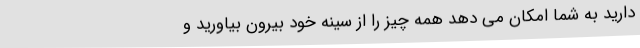
دارید به شما امکان می دهد همه چیز را از سینه خود بیرون بیاورید و